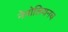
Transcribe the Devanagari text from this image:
नेपोलियनच